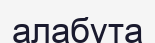
алабұта